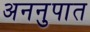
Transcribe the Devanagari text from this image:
अननुपात